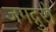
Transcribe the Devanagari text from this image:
जगद्गुरो